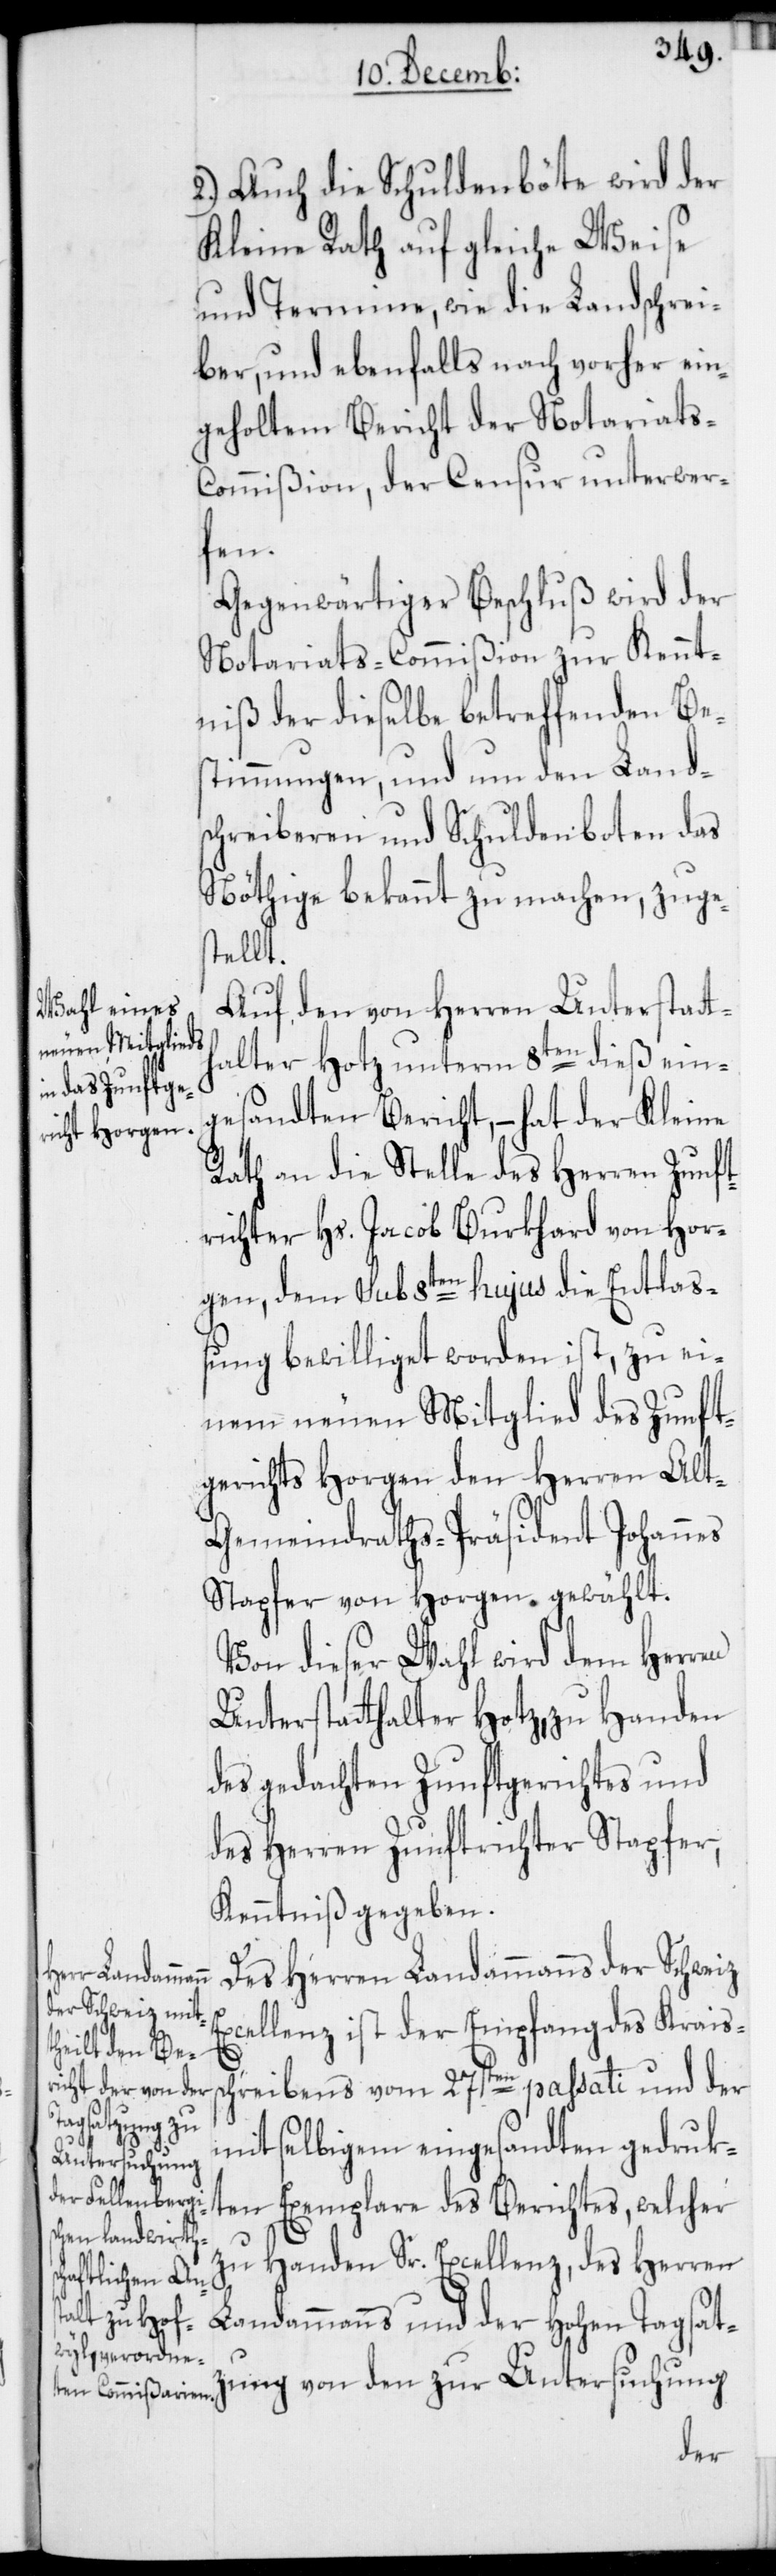
2.) Auch die Schuldenböte wird der
Kleine Rath auf gleiche Weise
und Termine, wie die Landschrei¬
ber, und ebenfalls nach vorher ein¬
geholtem Bericht der Notariat¬
s-Commißion, der Censur unterwer¬
fen.
Gegenwärtiger Beschluß wird der
Notariats-Commißion zur Kennt¬
niß der dieselbe betreffenden Bes¬
timmungen, und um den Land¬
schreiberen und Schuldenboten das
Nöthige bekannt zu machen, zuges¬
tellt.
Auf den von Herren Unterstatth¬
alter Hotz unterm 8ten dieß ein¬
gesandten Bericht, – hat der Kleine
Rath an die Stelle des Herren Zunft¬
richter Hs. Jacob Burkhard von Hor¬
gen, dem sub 8ten hujus die Entlaß¬
ung bewilliget worden ist, zu ei¬
nem neuen Mitglied des Zunft¬
gerichts Horgen den Herren Alt-G¬
emeindraths-Präsident Johannes
Stapfer von Horgen gewählt.
Von dieser Wahl wird dem Herren
Unterstatthalter Hotz, zu Handen
des gedachten Zunftgerichtes und
des Herren Zunftrichter Stapfer,
Kenntniß gegeben.
Des Herren Landammanns der Schweiz
Excellenz ist der Empfang des Kraiss¬
chreibens vom 27sten passati und der
mit selbigem eingesandten gedruk¬
ten Exemplare des Berichtes, welcher
zu
Handen Sr. Excellenz, des Herren
Landammanns und der Hohen Tagsatz¬
ung von den zur Untersuchung